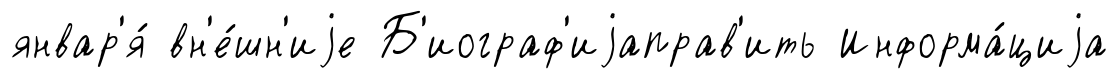
январ'я́ вн'е́шн'иjе Б'иограф'иjаправ'ить Информа́циjа